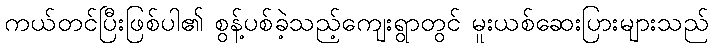
ကယ်တင်ပြီးဖြစ်ပါ၏ စွန့်ပစ်ခဲ့သည့်ကျေးရွာတွင် မူးယစ်ဆေးပြားများသည်